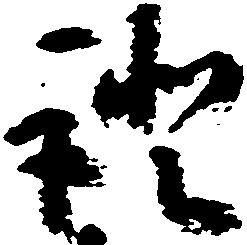
証